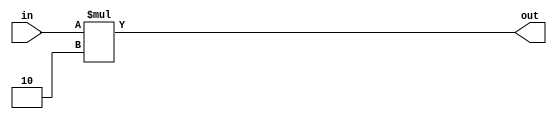
/*******************************************************************
*
* Module: shift.v
* Project: Pipelined RISC-V Processor
* Description: Shift left by one.
*
**********************************************************************/

`timescale 1ns / 1ps

module shift #(parameter N=32)(
input [N-1:0] in,
output [N-1:0] out
);
    assign out = in * 2;
    
endmodule